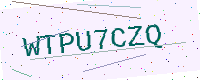
Text: WTPU7CZQ